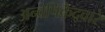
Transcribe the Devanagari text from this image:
अन्वेषिकेद्वारे